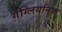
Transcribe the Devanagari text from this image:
गैंग्लियनिक